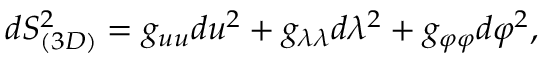
d S _ { ( 3 D ) } ^ { 2 } = g _ { u u } d u ^ { 2 } + g _ { \lambda \lambda } d \lambda ^ { 2 } + g _ { \varphi \varphi } d \varphi ^ { 2 } ,